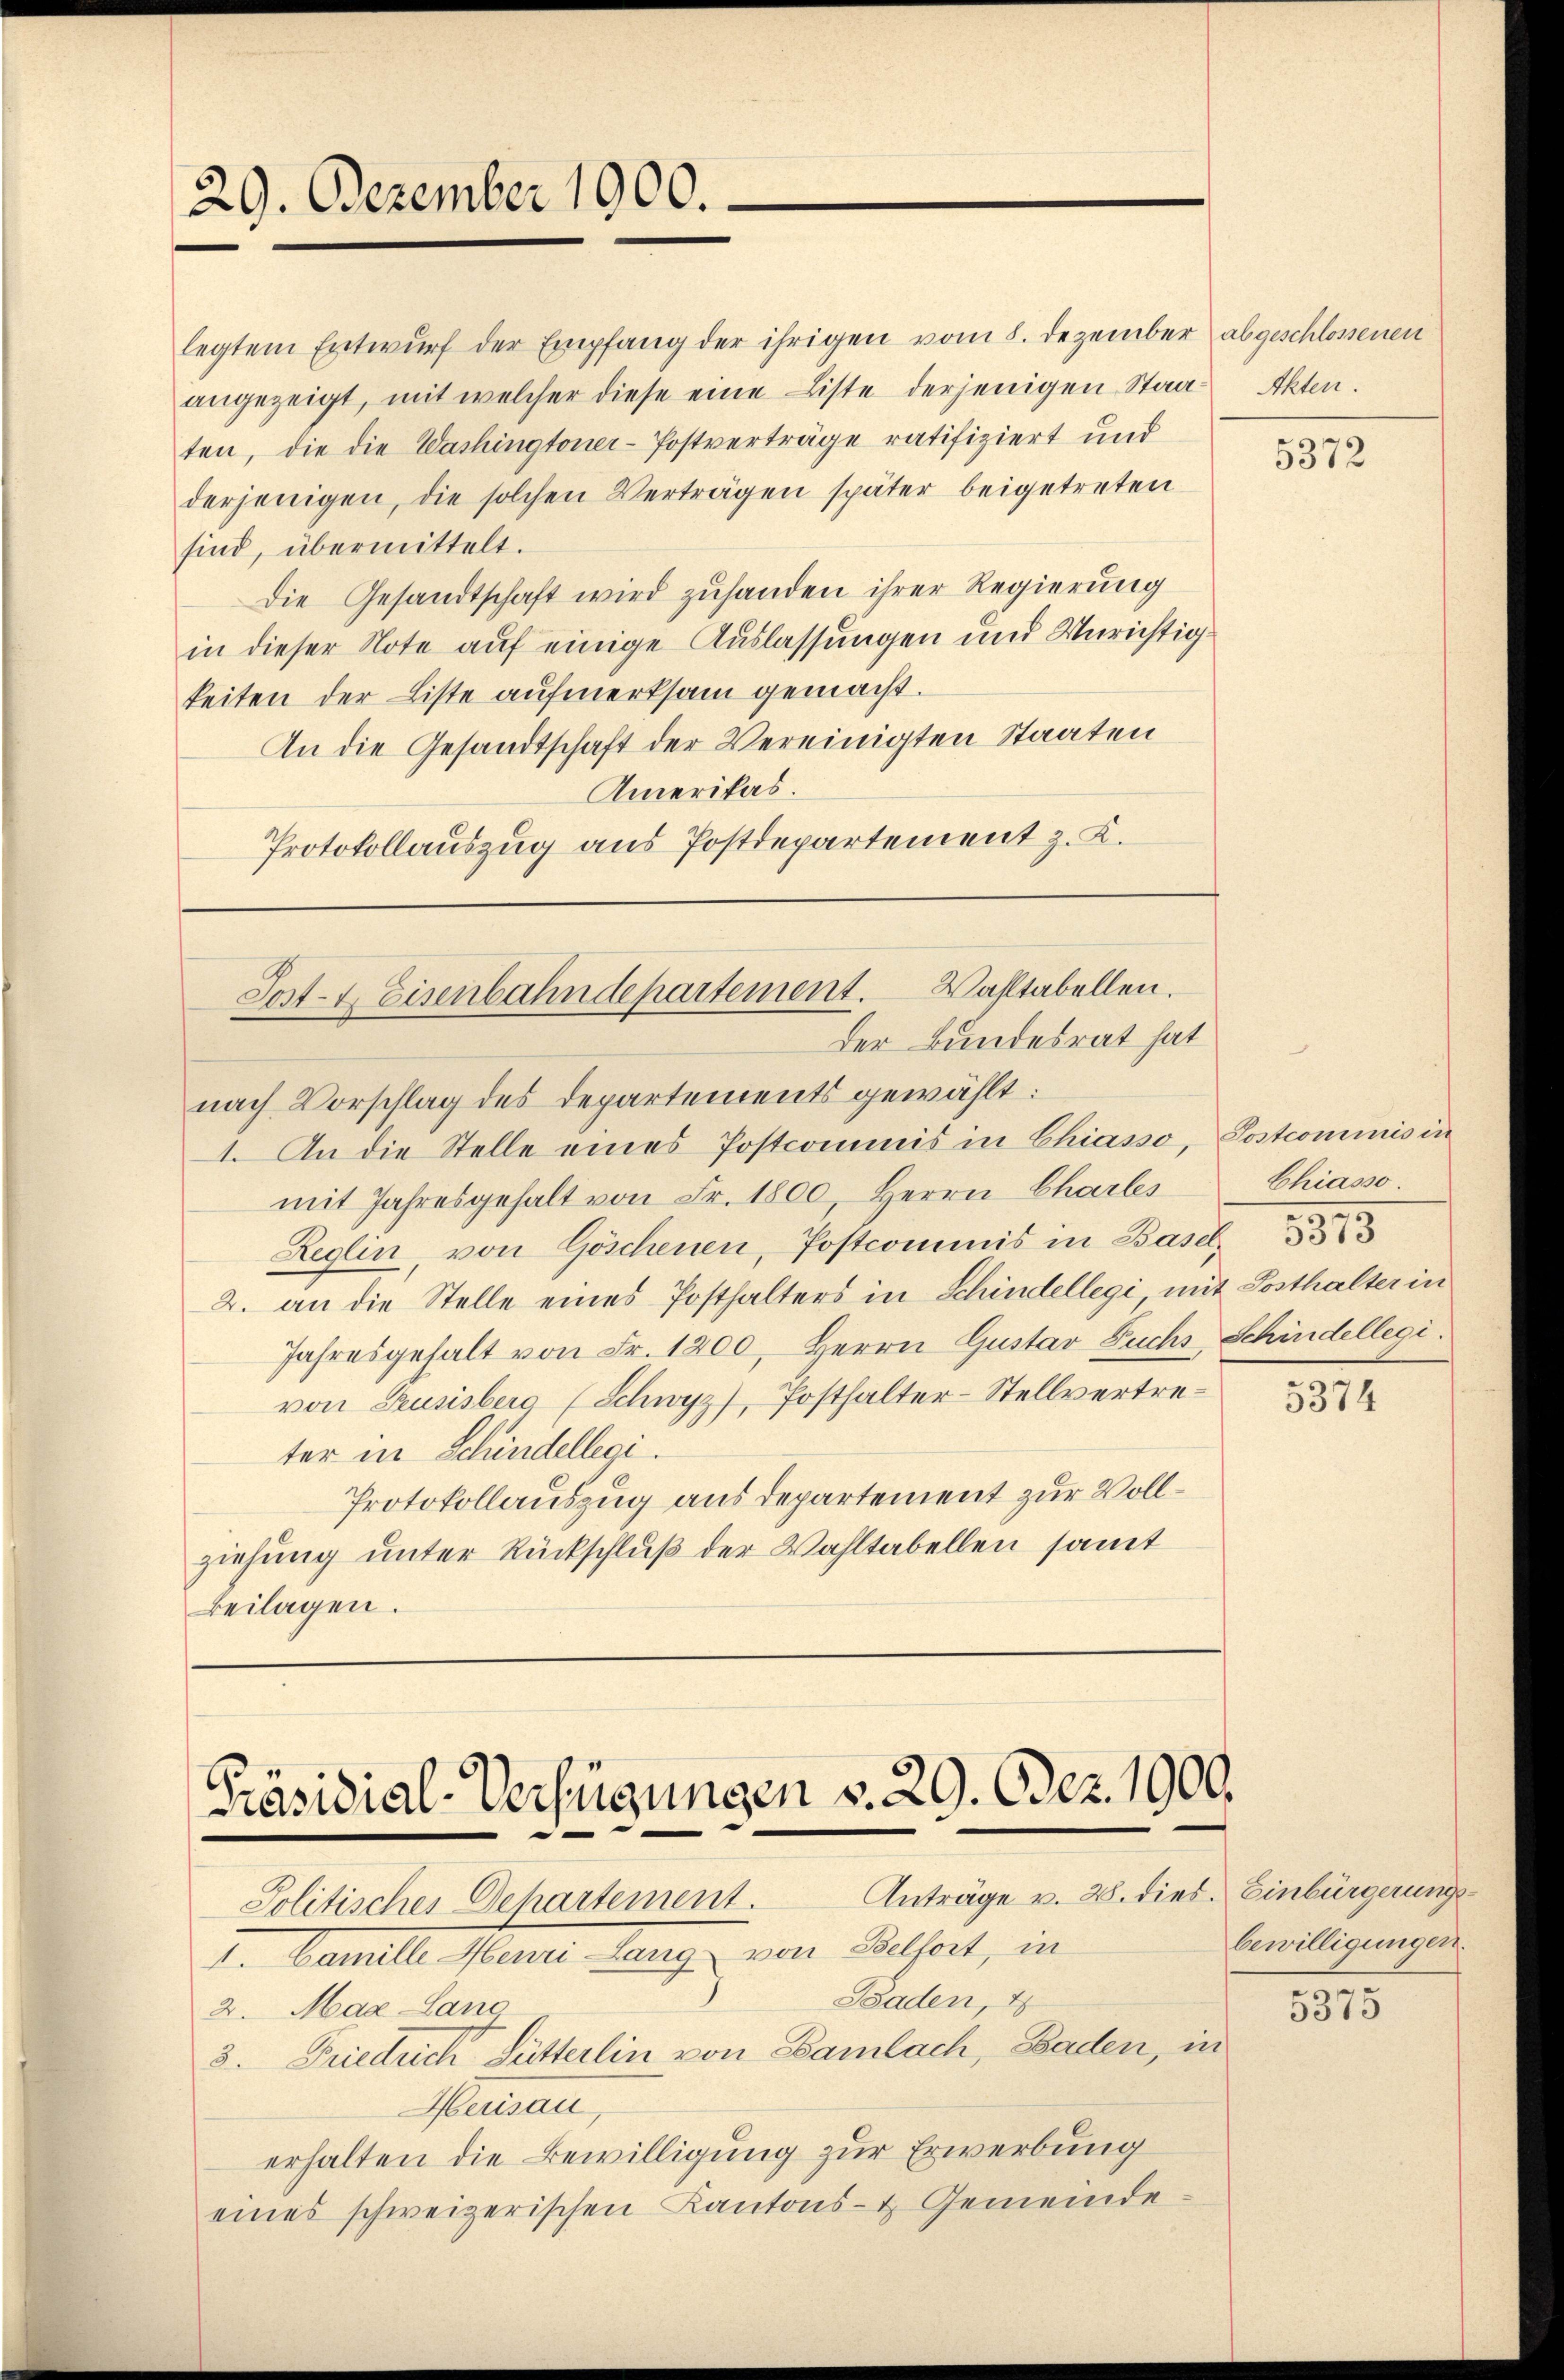
29. Dezember 1000.

legtem Entwŭrf der Empfang der ihrigen vom 8. Dezember abgeschlossenen
angezeigt, mit welcher diese eine Liste derjenigen Staa
ten, die die Washingtoner-Postverträge ratifiziert und
derjenigen, die solchen Verträgen später beigetreten
sind, übermittelt.
Die Gesandtschaft wird zuhanden ihrer Regierung
in dieser Note auf einige Auslassungen und Unrichtigkeiten der Liste aufmerksam gemacht.
An die Gesandtschaft der Vereinigten Staaten
Amerikas.
Protokollauszug aus Postdepartement z. K.

nach Vorschlag des Departements gewählt:
1. An die Stelle eines Postcommis in Chiasso,
mit Jahresgehalt von Fr. 1800, Herrn Charles
Reglin, von Göschenen, Postcommis in Basel
2. an die Stelle eines Posthalters in Schindellegi mit Posthalter in
Jahresgehalt von Fr. 1200. Herrn Gustav Fuchs, Schindellegi
von Seusisberg (Schwyz, Posthalter-Stellvertreter in Schindellegi
Protokollauszug aus departement zur Vollziehung unter Rückschluß der Wahltabellen samt
Beilagen.

Sost- & Eisenbahndepartement. Wahltabellen.
Der Bundesrat hat

Präsidial-Verfügungen v. 29. Dez. 1900.
Anträge v. 28. dies. Einbürgerungs
Politisches Dehartement.

I. Vanille Meiner Lang von Belfort, in
Baden, 4
2. Mag-Lang
3. Friedrich Lütterlin von Bambach, Baden, in
Merisau,
erhalten die Bewilligung zur Erwerbung
eines schweizerischen Kantons- & Gemeinde¬

Akten.

5372

Sostcominis in
Chiasso.

5374

bewilligungen.

5375